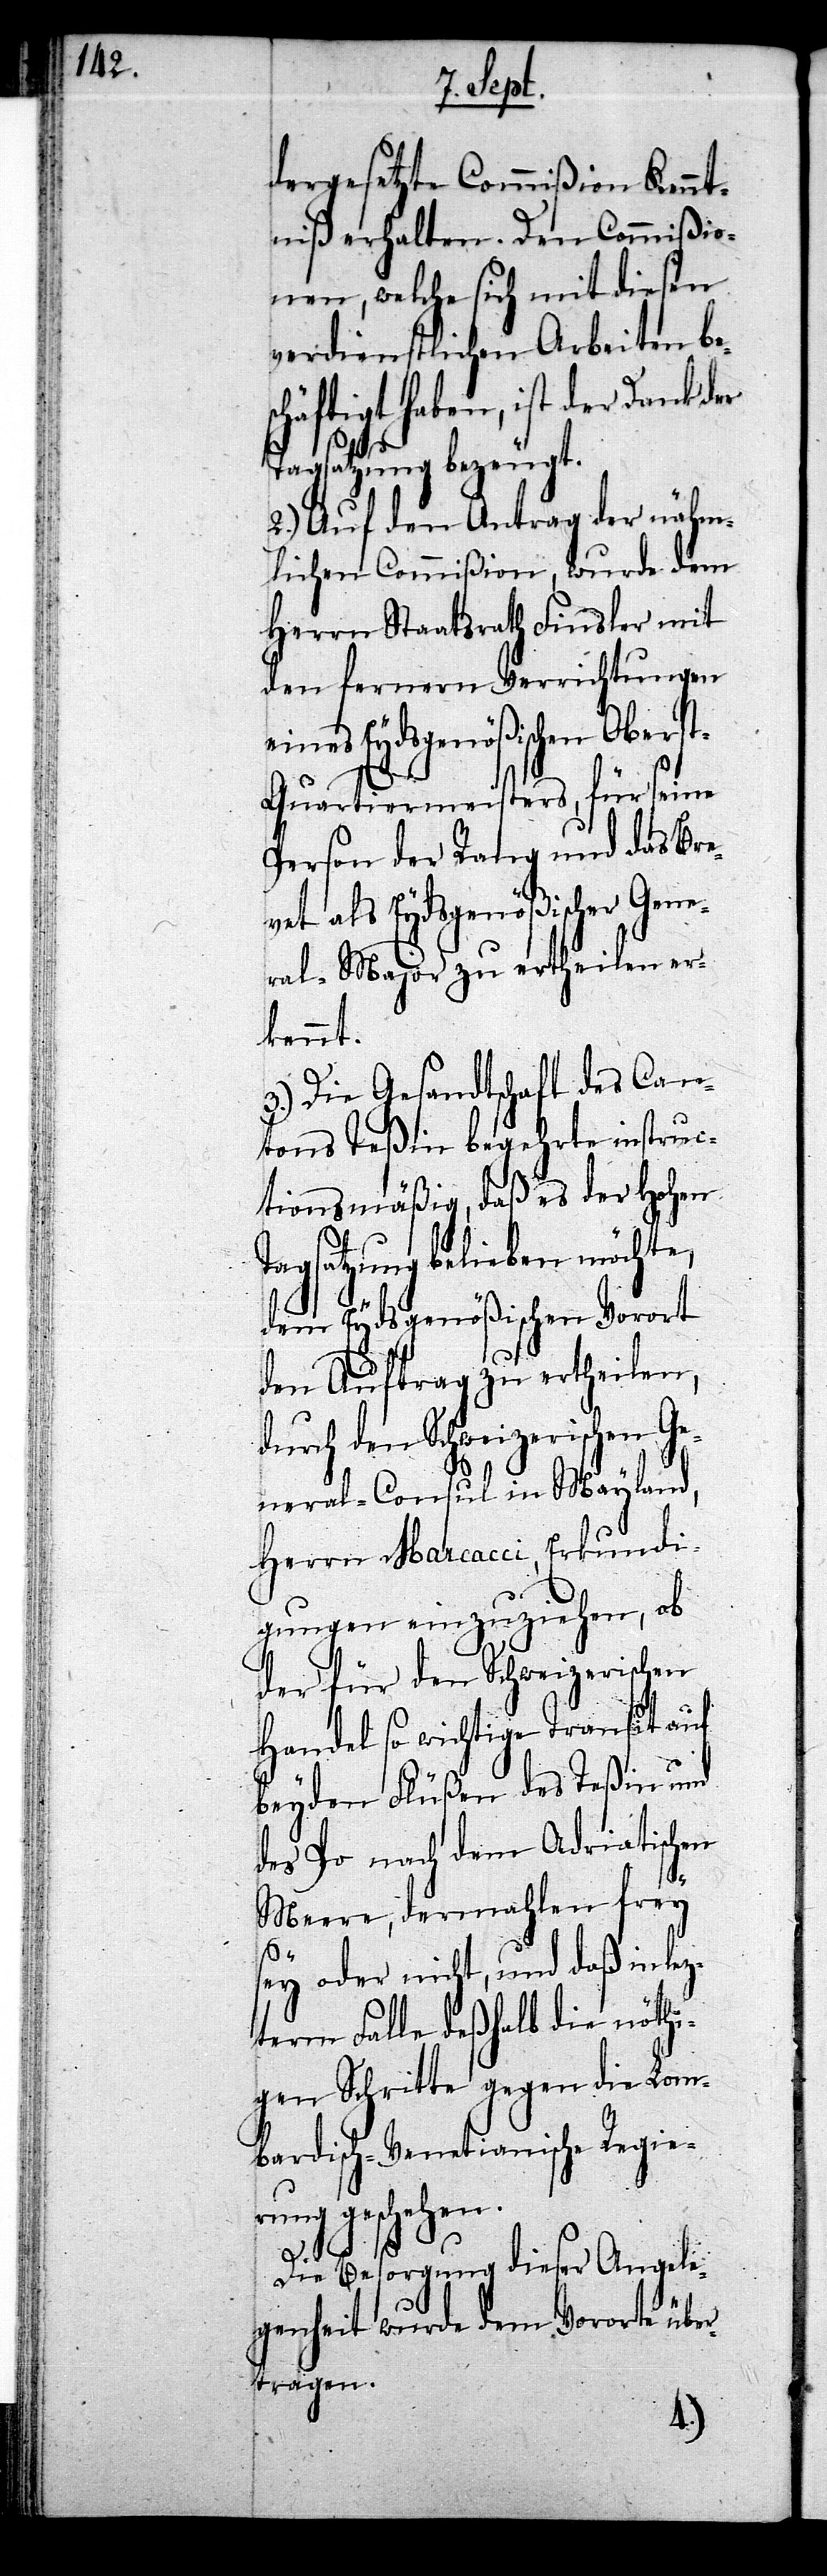
dergesetzte Commißion Kennt¬
niß erhalten. Den Commißio¬
nen, welche sich mit diesen
verdienstlichen Arbeiten be¬
äftigt haben, ist der Dank
Tagsatzung bezeugt.
2.) Auf den Antrag der nähm¬
lichen Commißion, wurde dem
Herrn Staatsrath Finsler mit
den fernern Verrichtungen
eines Eydsgenößischen Obers¬
t-Quartiermeisters, für seine
Person der Rang und das Bre¬
vet als Eydsgenößischer Gene¬
ral-Major zu ertheilen er¬
kennt.
3.) Die Gesandtschaft des Can¬
tons Teßin begehrte instruc¬
tionsmäßig, daß es der Hohen
Tagsatzung belieben möchte,
dem Eydsgenößischen Vorort
den Auftrag zu ertheilen,
durch den Schweizerischen Ge¬
neral-Consul in Mayland,
Herrn Marcacci, Erkundi¬
gungen einzuziehen, ob
der für den Schweizerischen
Handel so wichtige Transit auf
beyden Flüßen des Teßin und
des Po nach dem Adriatischen
Meere, dermahlen frey
sch¬
sey oder nicht, und daß in lez¬
term Falle deßhalb die nöthi¬
gen Schritte gegen die Lom¬
bardisch-Venetianische Regie¬
rung geschehen.
Die Besorgung dieser Angele¬
genheit wurde dem Vorort über¬
tragen.